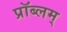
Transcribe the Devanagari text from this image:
प्रॉब्लम्